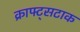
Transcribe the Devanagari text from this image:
क्राफ्ट्सटाक